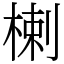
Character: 楋